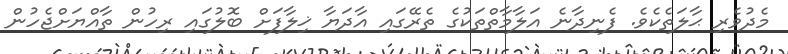
މެދުވެރި ޙާލަތެކެވެ. ފެނިދާނެ އަލާމާތްތަކުގެ ތެރޭގައި އާދަޔާ ޚިލާފަށް ބޮލުގައި ރިހުން ތާއްޔަށްޖެހުން